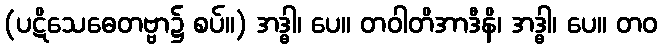
(ပဋိသေဓေတဗ္ဗာ၌ စပ်။) အဒ္ဓါ၊ ပေ။ တဝါတိအာဒီနိ၊ အဒ္ဓါ၊ ပေ။ တဝ